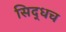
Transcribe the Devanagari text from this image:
सिद्धच